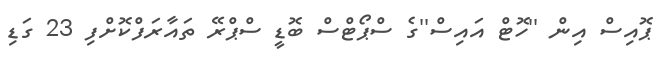
ޕޮއިސް އިން ''ހޮޓް އައިސް''ގެ ސްޕޯޓްސް ބޮޑީ ސްޕްރޭ ތައާރަފްކޮށްފި 23 ގަޑި